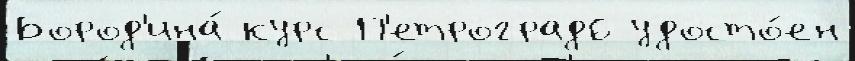
Бород'ина́ курс П'етроград6 удосто́ен